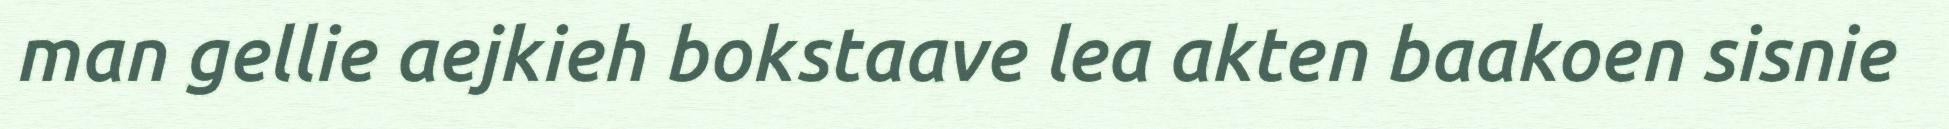
man gellie aejkieh bokstaave lea akten baakoen sisnie